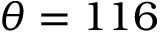
\theta = 1 1 6